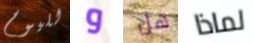
لليوم و هل لماذا